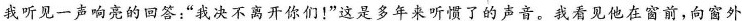
我听见一声响亮的回答：”我决不离开你们！”这是多年来听惯了的声音，我看见他在窗前，向窗外